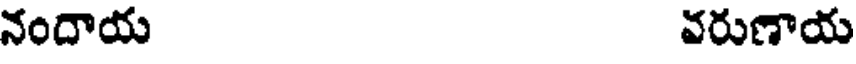
నందాయ వరుణాయ